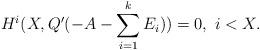
LaTeX: \begin{align*}H^i(X, Q'(-A-\sum_{i=1}^kE_i))=0,\ i<X.\end{align*}